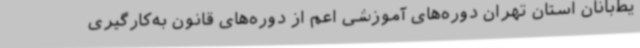
یط‌بانان استان تهران دوره‌های آموزشی اعم از دوره‌های قانون به‌کارگیری